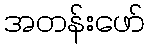
အတန်းဖော်